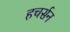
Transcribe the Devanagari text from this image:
हचर्सन